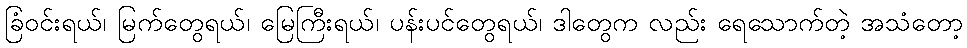
ခြံဝင်းရယ်၊ မြက်တွေရယ်၊ မြေကြီးရယ်၊ ပန်းပင်တွေရယ်၊ ဒါတွေက လည်း ရေသောက်တဲ့ အသံတော့